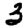
Digit: 3